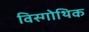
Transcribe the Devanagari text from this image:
विस्गोथिक